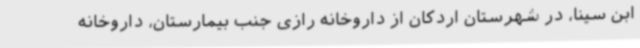
ابن سینا، در شهرستان اردکان از داروخانه رازی جنب بیمارستان، داروخانه